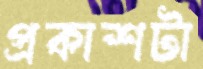
প্রকাশটা